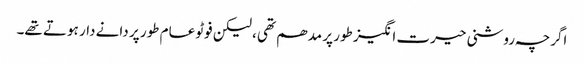
اگرچہ روشنی حیرت انگیز طور پر مدھم تھی ، لیکن فوٹو عام طور پر دانے دار ہوتے تھے۔